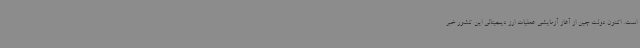
است. اکنون دولت چین از آغاز آزمایشی عملیات ارز دیجیتالی این کشور خبر